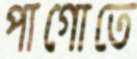
পাগোতে